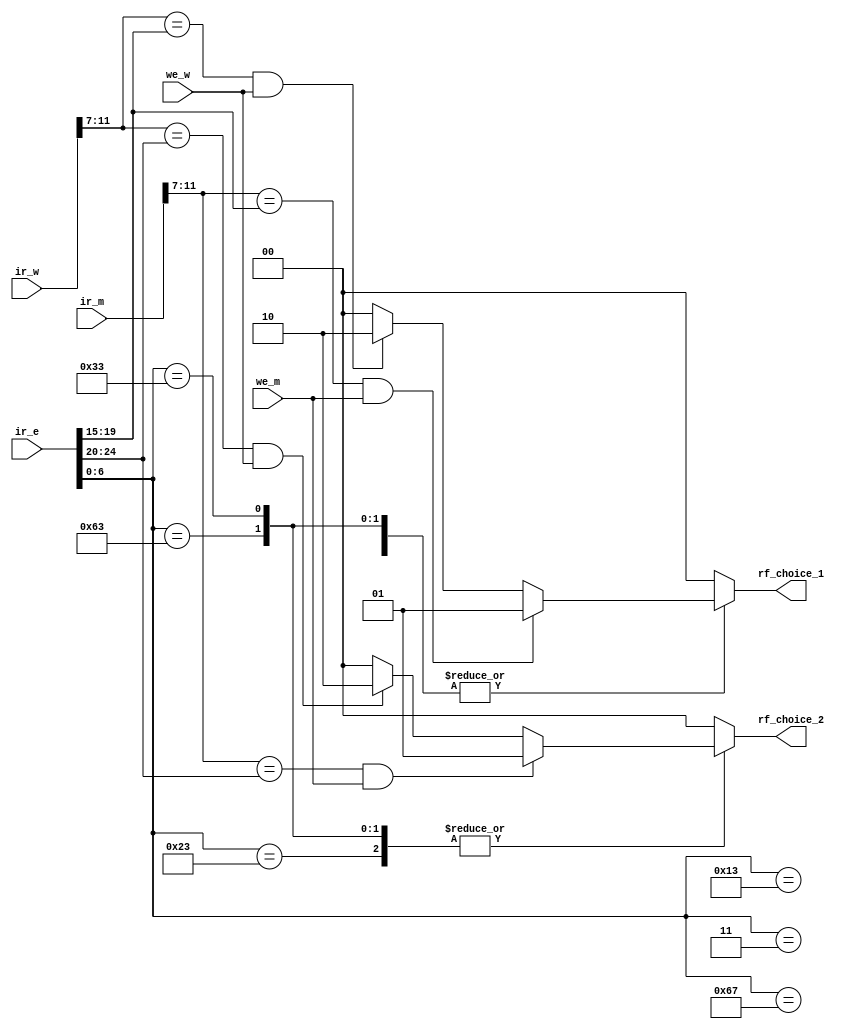
`timescale 1ns / 1ps
//////////////////////////////////////////////////////////////////////////////////
// Company: 
// Engineer: 
// 
// Design Name: 
// Module Name: MEM_WB
// Project Name: 
// Target Devices: 
// Tool Versions: 
// Description: 
// 
// Dependencies: 
// 
// Revision:
// Revision 0.01 - File Created
// Additional Comments:
// 
//////////////////////////////////////////////////////////////////////////////////


module Forward_Unit(
    input [31:0] ir_w,
    input [31:0] ir_m,
    input [31:0] ir_e,
    input we_w,
    input we_m,
    output reg [1:0] rf_choice_1,
    output reg [1:0] rf_choice_2
);
// wire [6:0] op_w;
// wire [6:0] op_m;
wire [6:0] op_e = ir_e[6:0];
wire [4:0] rd_w = ir_w[11:7];
wire [4:0] rd_m = ir_m[11:7];
// wire [4:0] rs1_m = ir_m[19:15];
// wire [4:0] rs2_m = ir_m[24:20];
wire [4:0] rs1_e = ir_e[19:15];
wire [4:0] rs2_e = ir_e[24:20];
always@(*)
begin
    rf_choice_1 = 2'b0;
    rf_choice_2 = 2'b0;
    case(op_e)
        7'b0010011:begin    //addi
            if(rd_w == rs1_e && we_w != 0)   rf_choice_1 = 2'b10;
            if(rd_m == rs1_e && we_m != 0)   rf_choice_1 = 2'b01;
        end
        7'b1100111:begin    //jalr
            if(rd_w == rs1_e && we_w != 0)   rf_choice_1 = 2'b10;
            if(rd_m == rs1_e && we_m != 0)   rf_choice_1 = 2'b01;          
        end
        7'b0000011:begin    //lw
            if(rd_w == rs1_e && we_w != 0)   rf_choice_1 = 2'b10;
            if(rd_m == rs1_e && we_m != 0)   rf_choice_1 = 2'b01;
        end
        7'b1100011:begin    //beq
            if(rd_w == rs1_e && we_w != 0)   rf_choice_1 = 2'b10;
            if(rd_w == rs2_e && we_w != 0)   rf_choice_2 = 2'b10;
            if(rd_m == rs1_e && we_m != 0)   rf_choice_1 = 2'b01;
            if(rd_m == rs2_e && we_m != 0)   rf_choice_2 = 2'b01;
        end

        7'b0110011:begin    //add
            if(rd_w == rs1_e && we_w != 0)   rf_choice_1 = 2'b10;
            if(rd_w == rs2_e && we_w != 0)   rf_choice_2 = 2'b10;
            if(rd_m == rs1_e && we_m != 0)   rf_choice_1 = 2'b01;
            if(rd_m == rs2_e && we_m != 0)   rf_choice_2 = 2'b01;
        end

        7'b0100011:  begin  //sw
            if(rd_w == rs1_e && we_w != 0)   rf_choice_1 = 2'b10;
            if(rd_w == rs2_e && we_w != 0)   rf_choice_2 = 2'b10;
            if(rd_m == rs1_e && we_m != 0)   rf_choice_1 = 2'b01;
            if(rd_m == rs2_e && we_m != 0)   rf_choice_2 = 2'b01;
        end
    endcase
end
endmodule